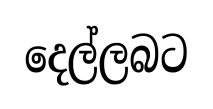
දෙල්ලබට